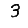
Digit: 3